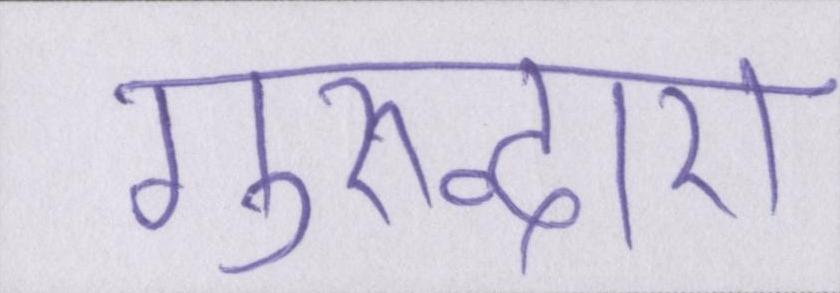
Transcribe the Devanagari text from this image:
गुरुद्वारा